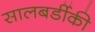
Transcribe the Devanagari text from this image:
सालबर्डीकी